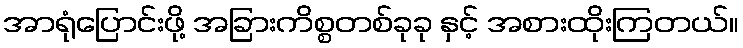
အာရုံပြောင်းဖို့ အခြားကိစ္စတစ်ခုခု နှင့် အစားထိုးကြတယ်။